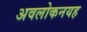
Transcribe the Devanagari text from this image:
अवलोकनयह